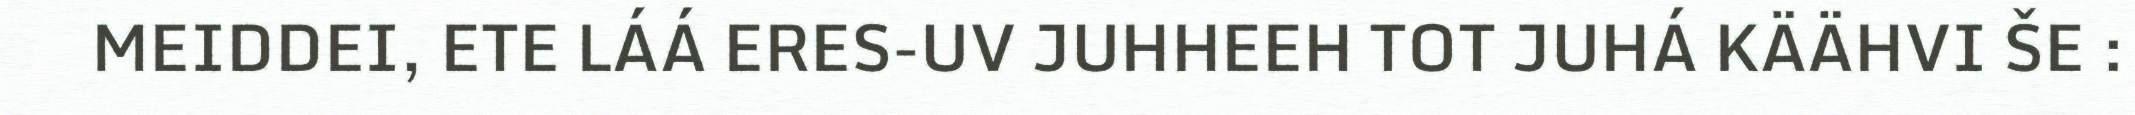
MEIDDEI, ETE LÁÁ ERES-UV JUHHEEH TOT JUHÁ KÄÄHVI ŠE :